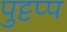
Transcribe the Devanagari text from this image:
पुट्टप्प